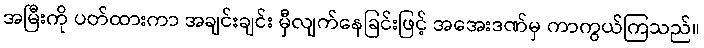
အမြီးကို ပတ်ထားကာ အချင်းချင်း မှီလျက်နေခြင်းဖြင့် အအေးဒဏ်မှ ကာကွယ်ကြသည်။